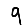
Digit: 9